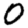
Digit: 0